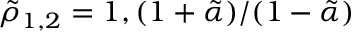
\tilde { \rho } _ { 1 , 2 } = 1 , ( 1 + \tilde { \alpha } ) / ( 1 - \tilde { \alpha } )